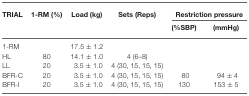
| TRIAL | 1-RM (%) | Load (kg) | Sets (Reps) | <COLSPAN=2> Restriction pressure |
 |  |  |  |  | (%SBP) | (mmHg) |
 | --- | --- | --- | --- | --- | --- |
 | 1-RM |  | 17.5 ± 1.2 |
 | HL | 80 | 14.1 ± 1.0 | 4 (6–8) |
 | LL | 20 | 3.5 ± 1.0 | 4 (30, 15, 15, 15) |
 | BFR-C | 20 | 3.5 ± 1.0 | 4 (30, 15, 15, 15) | 80 | 94 ± 4 |
 | BFR-I | 20 | 3.5 ± 1.0 | 4 (30, 15, 15, 15) | 130 | 153 ± 5 |